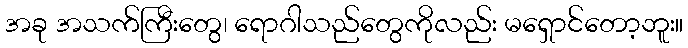
အခု အသက်ကြီးတွေ၊ ရောဂါသည်တွေကိုလည်း မရှောင်တော့ဘူး။